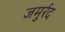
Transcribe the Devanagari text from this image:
जमुर्रद